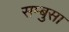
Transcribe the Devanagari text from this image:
सम्बुसा